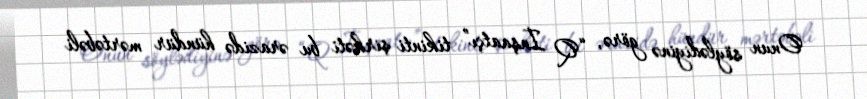
Onun söylədiyinə görə, “Q İnşaatçı” tikinti şirkəti bu ərazidə hündür mərtəbəli